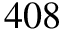
4 0 8